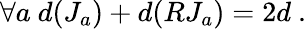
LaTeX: \forall a~d(J_{a})+d(RJ_{a})=2d~.